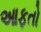
આફતો